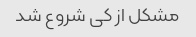
مشکل از کی شروع شد